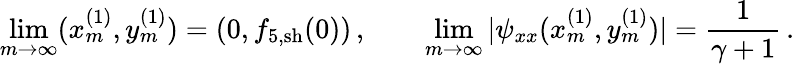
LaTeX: \operatorname*{lim}_{m\rightarrow\infty}(x_{m}^{(1)},y_{m}^{(1)})=(0,{f}_{5,\mathrm{sh}}(0))\, ,\qquad\operatorname*{lim}_{m\rightarrow\infty}|\psi_{xx}(x_{m}^{(1)},y_{m}^{(1)})|=\frac{1}{\gamma+1}\, .